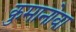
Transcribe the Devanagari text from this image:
कुमानोवा